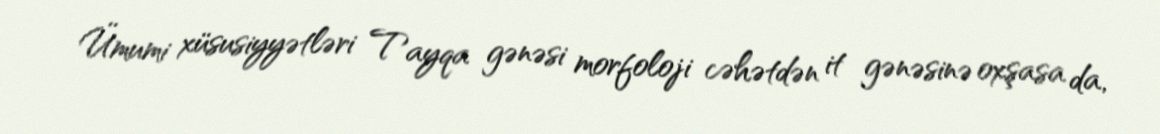
Ümumi xüsusiyyətləri Tayqa gənəsi morfoloji cəhətdən it gənəsinə oxşasa da,